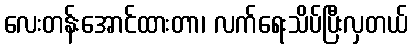
လေးတန်းအောင်ထားတာ၊ လက်ရေးသိပ်ပြီးလှတယ်